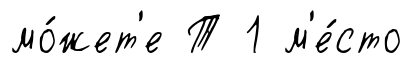
мо́жет'е Т 1 м'е́сто